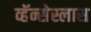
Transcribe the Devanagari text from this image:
व्हॅन्सेस्लास